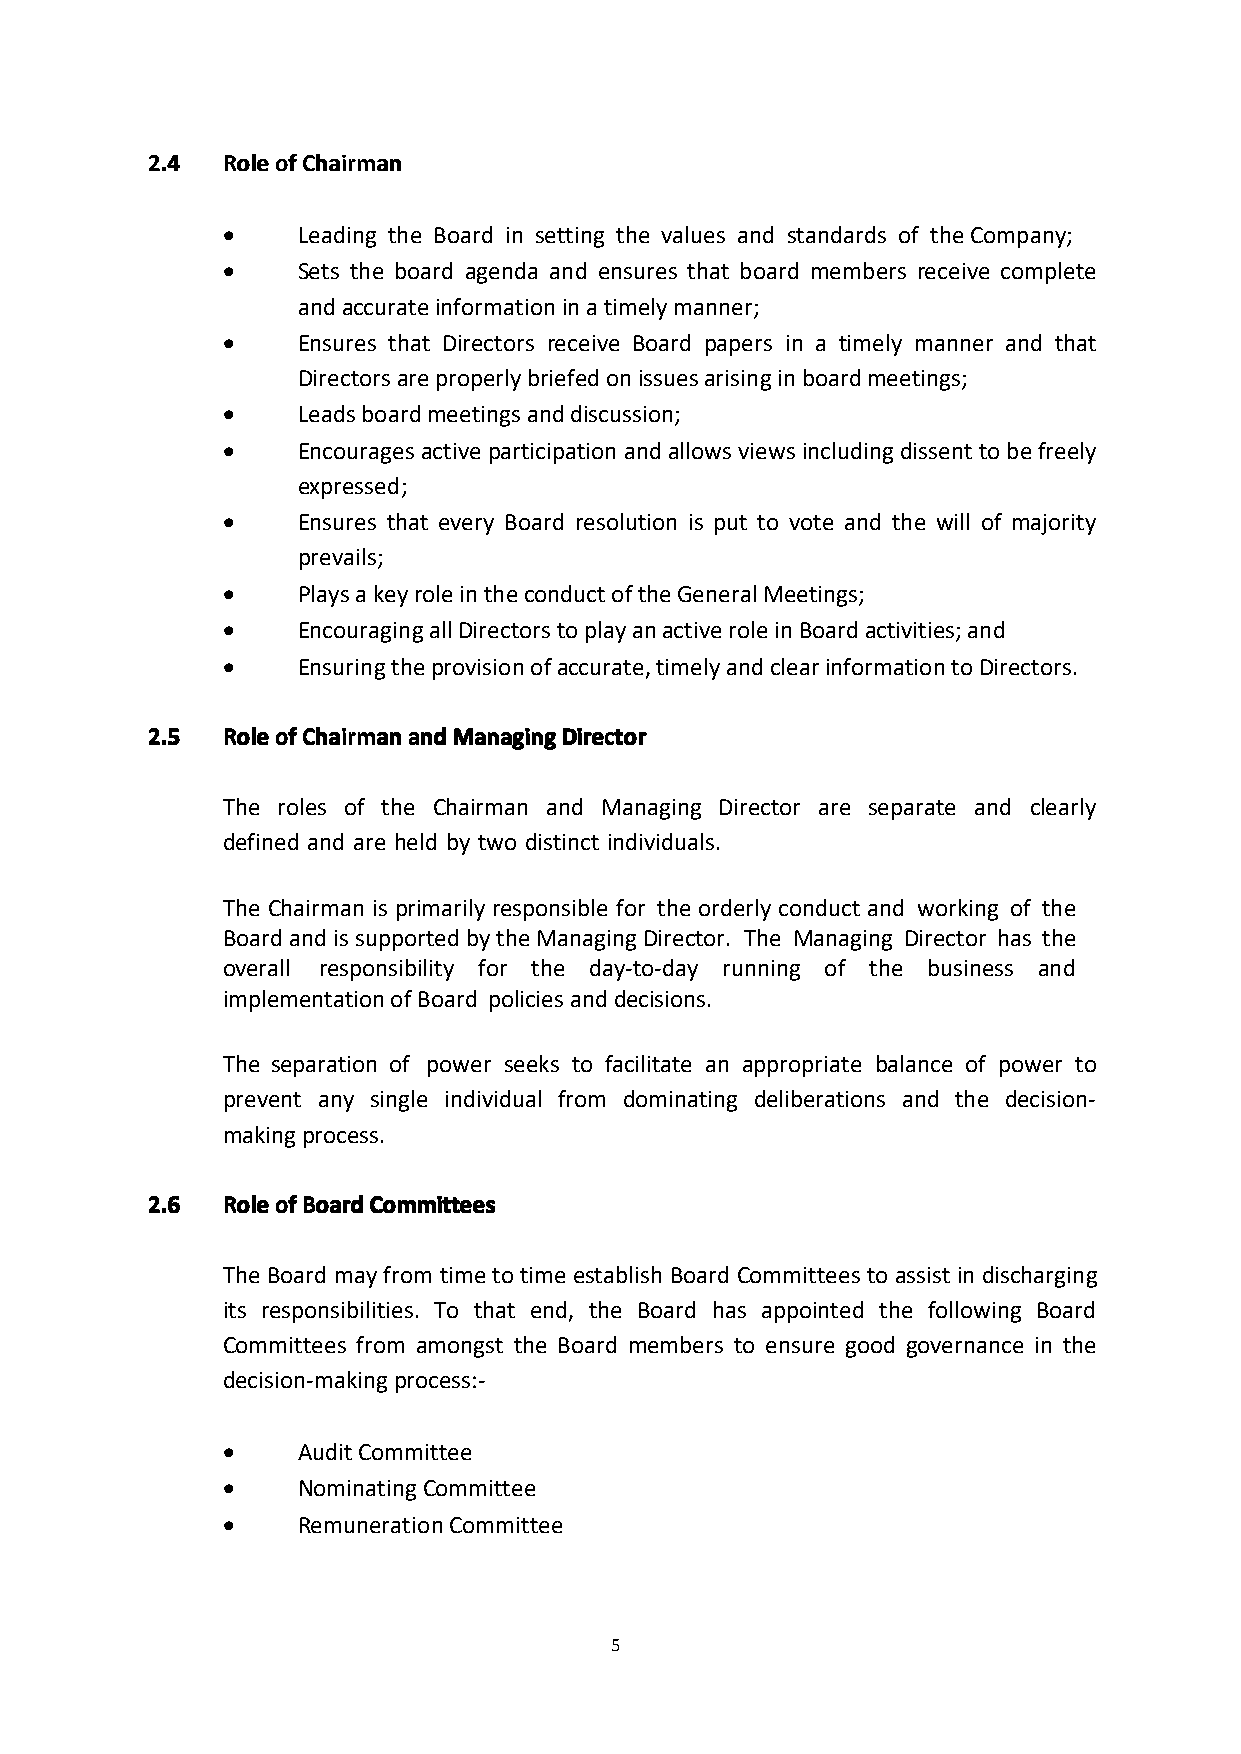
2222....4444 RRRRoooolllleeeeooooffffCCCChhhhaaaaiiiirrrrmmmmaaaannnn
     Leading the Board in setting the values and standards of theCompany;
     Sets the board agenda and ensures that board members receive complete
 andaccurateinformationinatimelymanner;
     Ensures that Directors receive Board papers in a timely manner and that
 Directorsareproperlybriefedonissuesarisinginboardmeetings;
     Leadsboardmeetingsanddiscussion;
     Encouragesactive participationandallowsviewsincludingdissenttobefreely
 expressed;
     Ensures that every Board resolution is put to vote and the will of majority
 prevails;
     PlaysakeyroleintheconductoftheGeneralMeetings;
     EncouragingallDirectorstoplayanactiveroleinBoardactivities;and
     Ensuringtheprovisionofaccurate,timelyandclearinformationtoDirectors.
 2222....5555 RRRRoooolllleeeeooooffffCCCChhhhaaaaiiiirrrrmmmmaaaannnnaaaannnnddddMMMMaaaannnnaaaaggggiiiinnnnggggDDDDiiiirrrreeeeccccttttoooorrrr
 The roles of the Chairman and Managing Director are separate and clearly
 defined and are held by two distinct individuals.
 The Chairman is primarily responsible for the orderly conduct and working of the
 BoardandissupportedbytheManagingDirector. The Managing Director has the
 overall responsibility for the day-to-day running of the business and
 implementationofBoard policiesanddecisions.
 The separation of power seeks to facilitate an appropriate balance of power to
 prevent any single individual from dominating deliberations and the decision-
 makingprocess.
 2222....6666 RRRRoooolllleeeeooooffffBBBBooooaaaarrrrddddCCCCoooommmmmmmmiiiitttttttteeeeeeeessss
 The Board mayfrom time to time establish Board Committeesto assist in discharging
 its responsibilities. To that end, the Board has appointed the following Board
 Committees from amongst the Board members to ensure good governance in the
 decision-makingprocess:-
     AuditCommittee
     NominatingCommittee
     RemunerationCommittee
 5